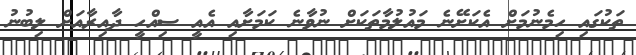
ތަކުގައި ހިމެނުމަށް އެކަށޭނެ މައުލުމާތަކަށް ނުވާނެ ކަމަށާއި އެއީ ސިއްހީ ދާއިރާއަށް ލިބުނު